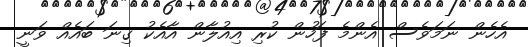
އެހެން ނަމަވެސް އެންމެ ފަހުން ކުރި އިއުލާން އާއެކު ގިނަ ބައެއް ވަނީ